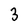
Character: 3